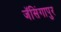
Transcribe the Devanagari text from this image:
जॅसिंगापुर